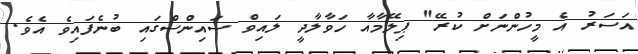
އަސަރު އެ މީހުންނަށް ކުރޭ" ޕިލޭމާއާ ހަވާލާދީ ލައިވް ސައިންސްގައި ބުނެފައިވެ އެވެ.